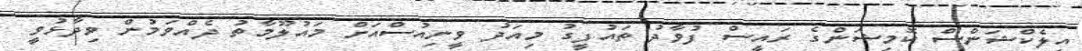
އިލެކްޝަންސް ކޮމިޝަންގެ ރައީސް ފުވާދު ތައުފީގު މިއަދު ވީނިއުސްއަށް މައުލޫމާތު ދެއްވަމުން ވިދާޅުވީ